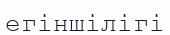
егіншілігі